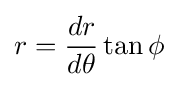
r={\frac {dr}{d\theta }}\tan \phi